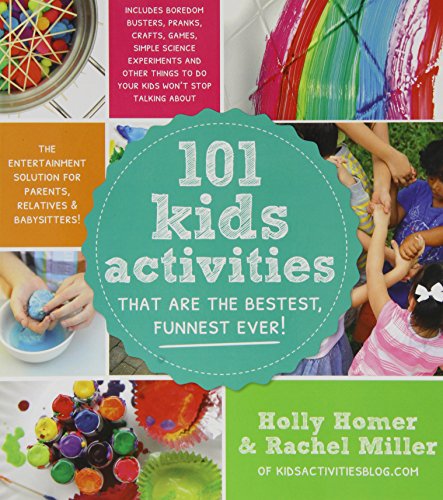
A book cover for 101 Kids Activities That Are the Bestest, Funnest Ever!: The Entertainment Solution for Parents, Relatives & Babysitters!; Holly Homer; Crafts, Hobbies & Home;